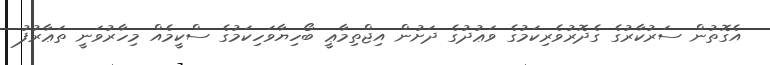
އެގޮތުން ސަރުކާރުގެ ގެދޮރުވެރިކަމުގެ ވަޢުދުގެ ދަށުން އިޖްތިމާޢީ ބޯހިޔާވަހިކަމުގެ ސްކީމެއް މިހާރުވަނީ ތަޢާރުފު